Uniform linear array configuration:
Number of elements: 64
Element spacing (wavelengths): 0.5
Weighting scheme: hann
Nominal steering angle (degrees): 0
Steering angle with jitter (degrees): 0.2526
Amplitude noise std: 0.05
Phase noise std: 0.05

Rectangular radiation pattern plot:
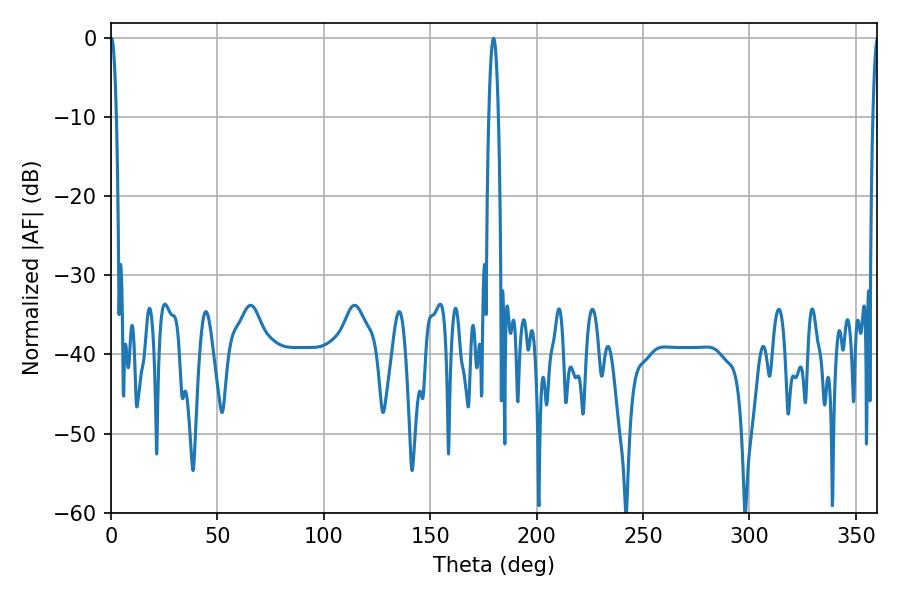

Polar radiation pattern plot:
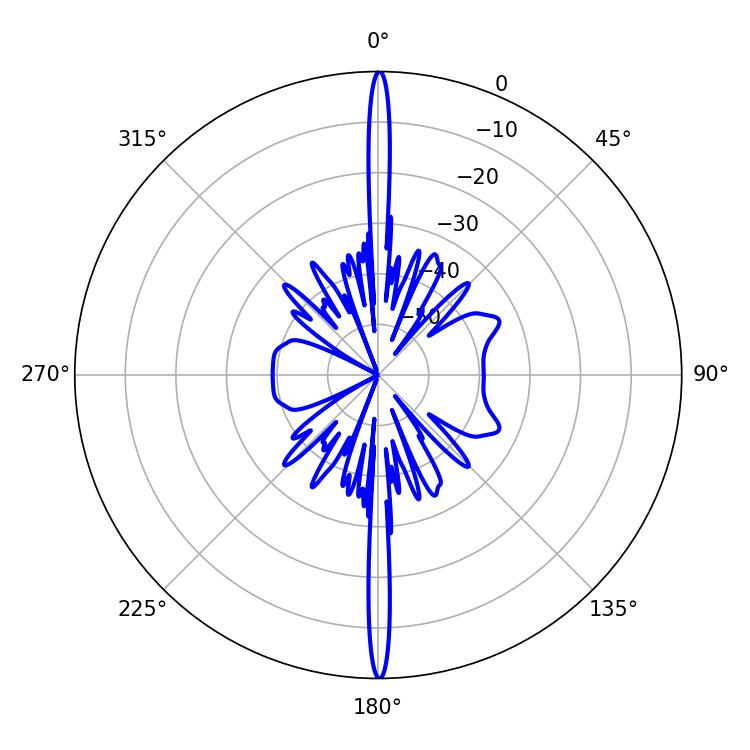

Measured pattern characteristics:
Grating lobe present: FALSE
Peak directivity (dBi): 35.535
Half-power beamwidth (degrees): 1.44
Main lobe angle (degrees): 0.18